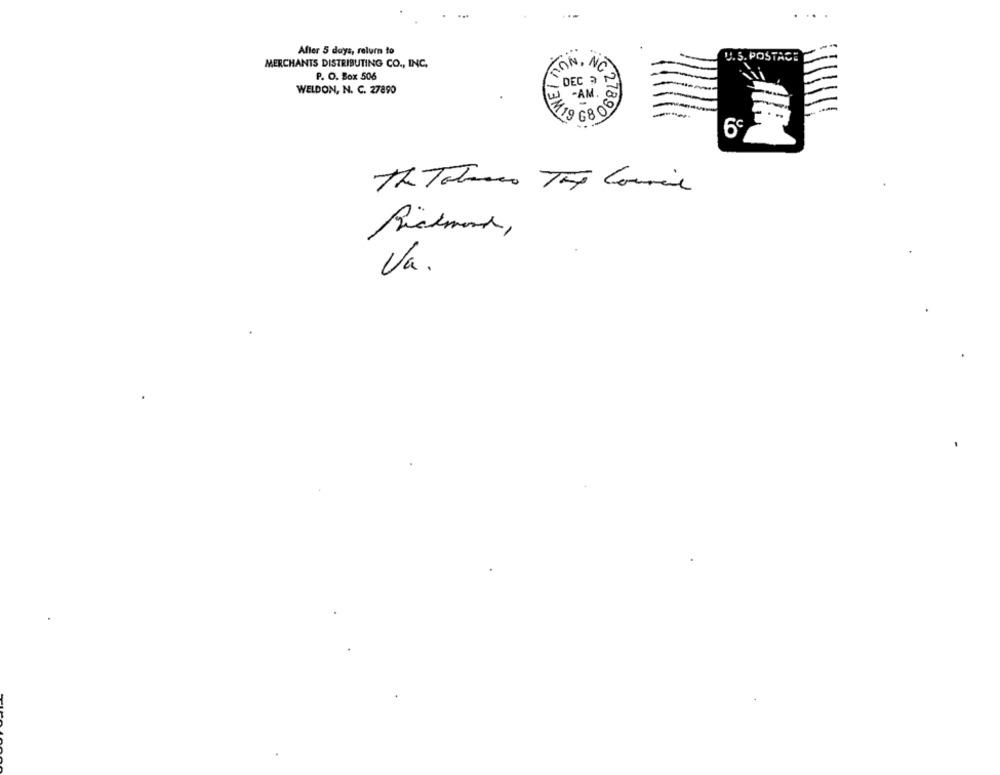
After 5 days, relum to
U.S. POSTACE
MERCHANTS DISTRIBUTING CO ., INC.
CON, NO
P. O. Box 506
SIWEI
DEC > N
WELDON, N. C. 27890
-AM.
2789
E.
6º
The ToTroco The Council
Richmond ,
Va.